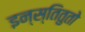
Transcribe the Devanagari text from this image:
इन्स्तितुतो